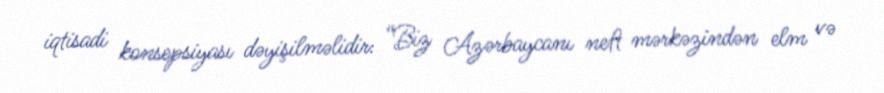
iqtisadi konsepsiyası dəyişilməlidir: “Biz Azərbaycanı neft mərkəzindən elm və